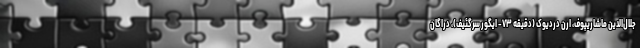
جلال‌الدین ماشاریپوف، ارن دردیوک (دقیقه ۷۳- ایگور سرگئیف)، دراگان